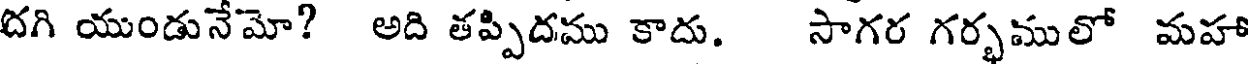
దగి యుండునేమో? అది తప్పిదము కాదు. సాగర గర్భములో మహా